Report of an investigation of the epidemic of malarial fever in Assam, or, kala-azar
Disease focus: Malaria
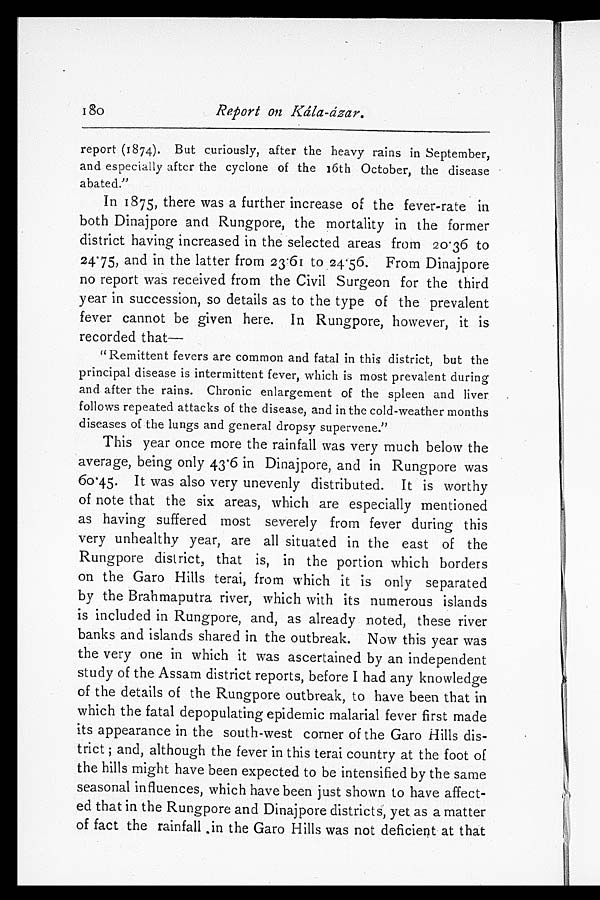
180
Report on Kála-ázar.
report (1874). But curiously, after the heavy rains in September,
and especially after the cyclone of the 16th October, the disease
abated."
In 1875, there was a further increase of the fever-rate in
both Dinajpore and Rungpore, the mortality in the former
district having increased in the selected areas from 20·36 to
24·75, and in the latter from 23·61 to 24·56. From Dinajpore
no report was received from the Civil Surgeon for the third
year in succession, so details as to the type of the prevalent
fever cannot be given here. In Rungpore, however, it is
recorded that
—
"Remittent fevers are common and fatal in this district, but the
principal disease is intermittent fever, which is most prevalent during
and after the rains. Chronic enlargement of the spleen and liver
follows repeated attacks of the disease, and in the cold-weather months
diseases of the lungs and general dropsy supervene."
This year once more the rainfall was very much below the
average, being only 43·6 in Dinajpore, and in Rungpore was
60·45. It was also very unevenly distributed. It is worthy
of note that the six areas, which are especially mentioned
as having suffered most severely from fever during this
very unhealthy year, are all situated in the east of the
Rungpore district, that is, in the portion which borders
on the Garo Hills terai, from which it is only separated
by the Brahmaputra river, which with its numerous islands
is included in Rungpore, and, as already noted, these river
banks and islands shared in the outbreak. Now this year was
the very one in which it was ascertained by an independent
study of the Assam district reports, before I had any knowledge
of the details of the Rungpore outbreak, to have been that in
which the fatal depopulating epidemic malarial fever first made
its appearance in the south-west corner of the Garo Hills dis
-trict; and, although the fever in this terai country at the foot of
the hills might have been expected to be intensified by the same
seasonal influences, which have been just shown to have affect
-ed that in the Rungpore and Dinajpore districts, yet as a matter
of fact the rainfall in the Garo Hills was not deficient at that